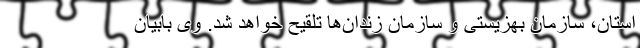
استان، سازمان بهزیستی و سازمان زندان‌ها تلقیح خواهد شد. وی بابیان